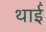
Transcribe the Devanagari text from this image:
थाईं